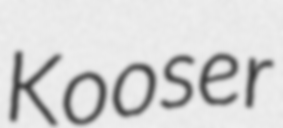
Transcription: Kooser